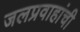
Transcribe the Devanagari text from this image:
जलप्रवाहांची